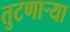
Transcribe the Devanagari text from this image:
तुटणाऱ्या